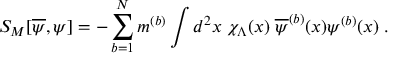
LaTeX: S _ { M } [ \overline { { { \psi } } } , \psi ] = - \sum _ { b = 1 } ^ { N } m ^ { ( b ) } \int d ^ { 2 } x \; \chi _ { \Lambda } ( x ) \; \overline { { { \psi } } } ^ { ( b ) } ( x ) \psi ^ { ( b ) } ( x ) \; .